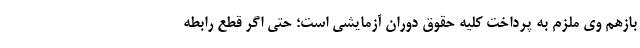
بازهم وی ملزم به پرداخت کلیه حقوق دوران آزمایشی است؛ حتی اگر قطع رابطه